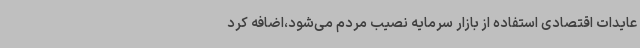
عایدات اقتصادی استفاده از بازار سرمایه نصیب مردم می‌شود،اضافه کرد